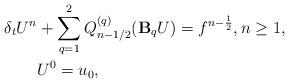
LaTeX: \begin{align*} \delta_t U^n & + \sum\limits_{q=1}^{2} Q_{n-1/2}^{(q)}(\mathbf{B}_qU) = f^{n-\frac{1}{2}}, n\geq 1, \\ & U^0=u_0, \end{align*}